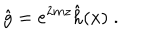
\hat { g } = e ^ { 2 m z } \hat { h } ( x ) \; .